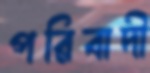
পরিবাদী